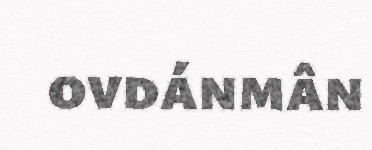
ovdánmân